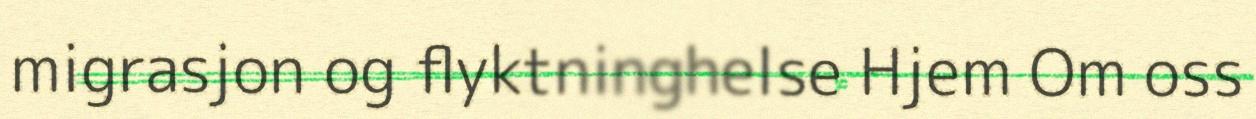
migrasjon og flyktninghelse Hjem Om oss